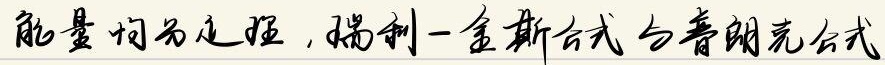
能量均分定理，瑞利 - 金斯公式与普朗克公式